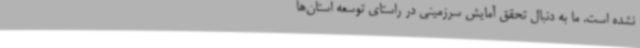
نشده است. ما به دنبال تحقق آمایش سرزمینی در راستای توسعه استان‌ها